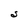
Character: S